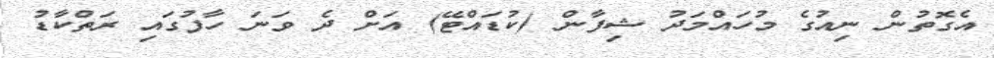
އެގޮތުން ނިއުގެ މުހައްމަދު ޝިފާން (ކުޑައްޓޭ) އަށް ދެ ވަނަ ހާފުގައި ރަތްކާޑު